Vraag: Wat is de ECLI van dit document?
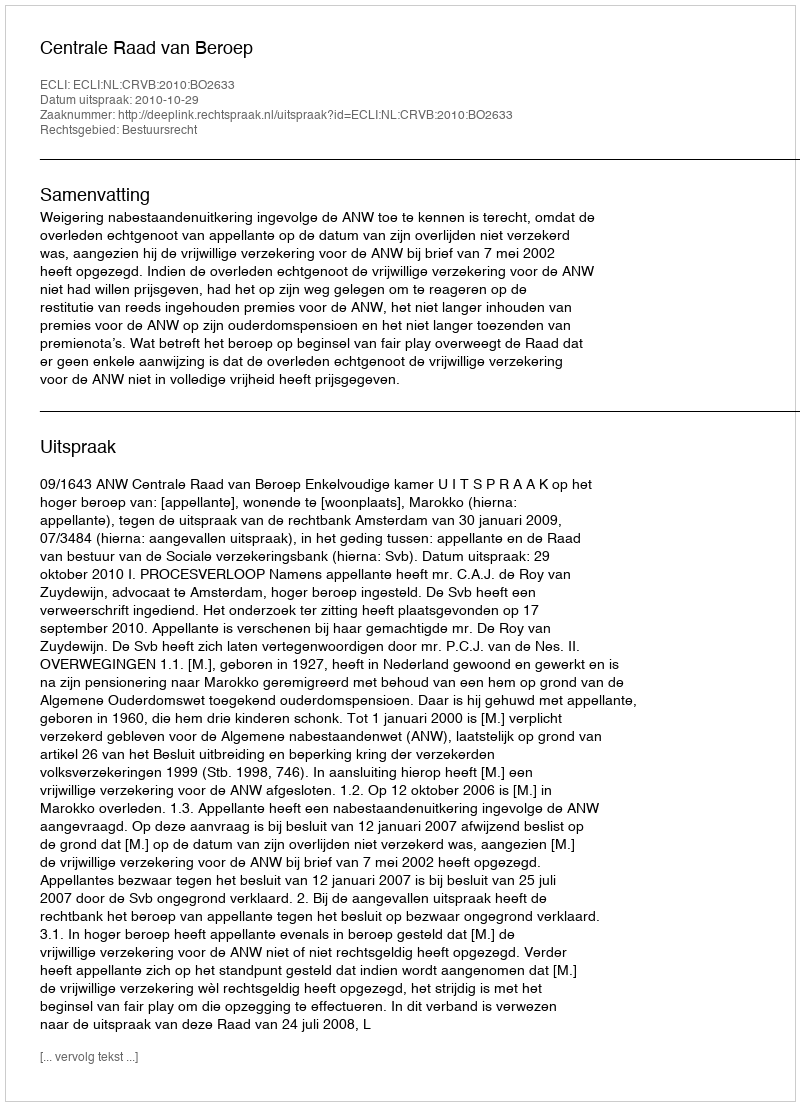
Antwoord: ECLI:NL:CRVB:2010:BO2633